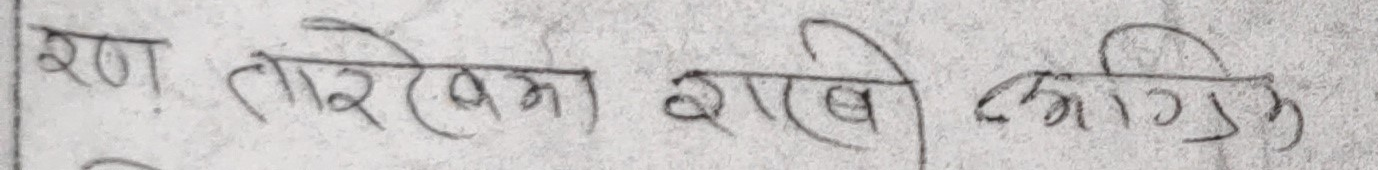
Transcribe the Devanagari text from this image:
ऋण. तारिख राखे भागि